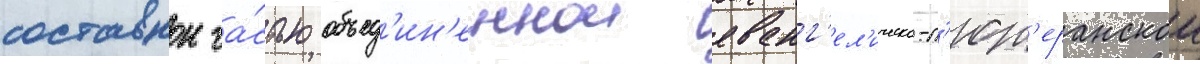
составнои ча́стью объед'ин'еннои еванг'ел'ическо-л'ют'еранскои